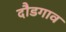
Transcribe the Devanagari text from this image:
दौडगाव